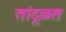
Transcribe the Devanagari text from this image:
तांदूळत